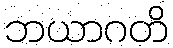
ဘယာဂတိ